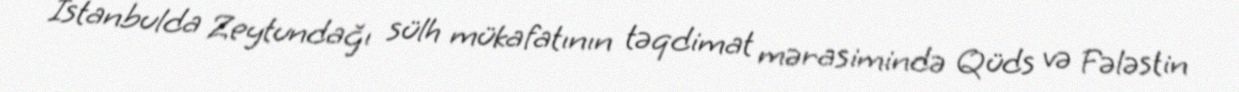
İstanbulda Zeytundağı sülh mükafatının təqdimat mərasimində Qüds və Fələstin